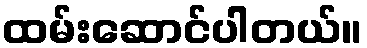
ထမ်းဆောင်ပါတယ်။